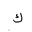
Letter: _kaf